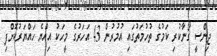
ޖިންސީ ގޯނާކުރި ކަމުގެ ތުހުމަތުގައި އުމުރުން 43 އަހަރުގެ މީހަކު އިއްޔެ ހައްޔަރުކޮށްފި